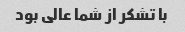
با تشکر از شما عالی بود